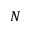
N